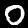
Label: 0